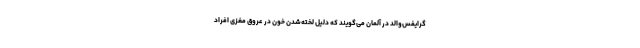
گرایفس‌والد در آلمان می‌گویند که دلیل لخته‌شدن خون در عروق مغزی افراد